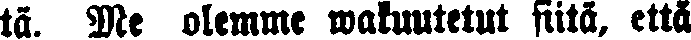
tä. Me olemme wakuutetut siitä, että